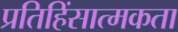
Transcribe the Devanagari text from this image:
प्रतिहिंसात्मकता